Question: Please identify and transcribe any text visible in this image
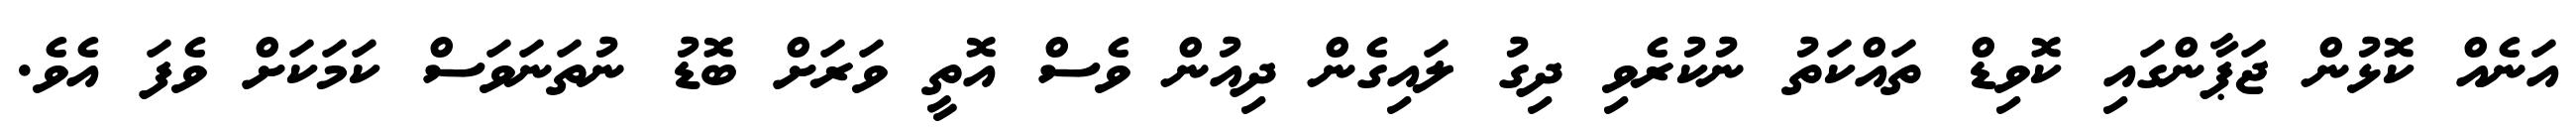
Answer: އަނެއް ކޮޅުން ޖަޕާންގައި ކޮވިޑް ތައްކަތު ނުކުރެވި ދިގު ލައިގެން ދިއުން ވެސް އޮތީ ވަރަށް ބޮޑު ނުތަނަވަސް ކަމަކަށް ވެފަ އެވެ.